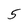
Character: 5